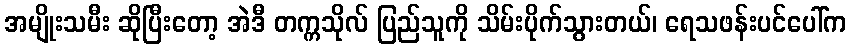
အမျိုးသမီး ဆိုပြီးတော့ အဲဒီ တက္ကသိုလ် ပြည်သူကို သိမ်းပိုက်သွားတယ်၊ ရေသဖန်းပင်ပေါ်က